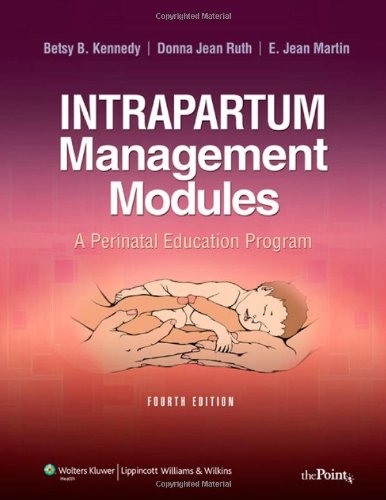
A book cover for Intrapartum Management Modules: A Perinatal Education Program (Martin, Intrapartum Management Modules); Margaret B. Kennedy MSN  RN; Medical Books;